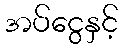
အပ်ငွေနှင့်